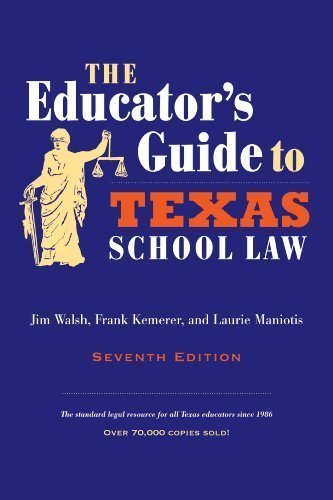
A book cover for The Educator's Guide to Texas School Law: Seventh Edition 7th (seventh) Edition by Walsh, Jim, Kemerer, Frank, Maniotis, Laurie published by University of Texas Press (2010); Education & Teaching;